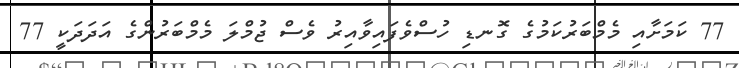
77 ކަމަށާއި މެމްބަރުކަމުގެ ގޮނޑި ހުސްވެފައިވާއިރު ވެސް ޖުމްލަ މެމްބަރުންގެ އަދަދަކީ 77